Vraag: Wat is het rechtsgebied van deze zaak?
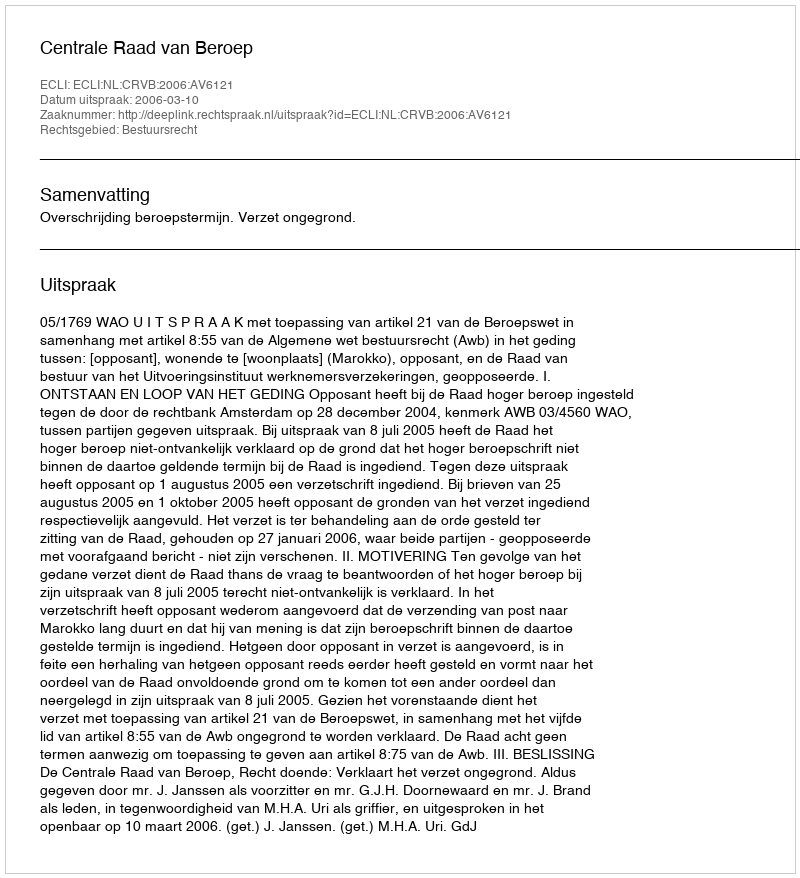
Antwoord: Bestuursrecht